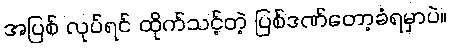
အပြစ် လုပ်ရင် ထိုက်သင့်တဲ့ ပြစ်ဒဏ်တော့ခံရမှာပဲ။